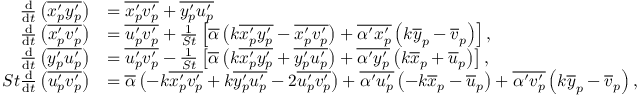
\begin{array} { r l } { \frac { \mathrm { d } } { \mathrm { d } t } \left( \overline { { { x _ { p } ^ { \prime } } { y _ { p } ^ { \prime } } } } \right) } & { = \overline { { { x _ { p } ^ { \prime } } { v _ { p } ^ { \prime } } } } + \overline { { { y _ { p } ^ { \prime } } { u _ { p } ^ { \prime } } } } } \\ { \frac { \mathrm { d } } { \mathrm { d } t } \left( \overline { { { x _ { p } ^ { \prime } } { v _ { p } ^ { \prime } } } } \right) } & { = \overline { { { u _ { p } ^ { \prime } } { v _ { p } ^ { \prime } } } } + \frac { 1 } { S t } \left[ \overline { { \alpha } } \left( k \overline { { { x _ { p } ^ { \prime } } { y _ { p } ^ { \prime } } } } - \overline { { { x _ { p } ^ { \prime } } { v _ { p } ^ { \prime } } } } \right) + \overline { { \alpha ^ { \prime } x _ { p } ^ { \prime } } } \left( k \overline { { y } } _ { p } - \overline { { v } } _ { p } \right) \right] , } \\ { \frac { \mathrm { d } } { \mathrm { d } t } \left( \overline { { { y _ { p } ^ { \prime } } { u _ { p } ^ { \prime } } } } \right) } & { = \overline { { { u _ { p } ^ { \prime } } { v _ { p } ^ { \prime } } } } - \frac { 1 } { S t } \left[ \overline { { \alpha } } \left( k \overline { { { x _ { p } ^ { \prime } } { y _ { p } ^ { \prime } } } } + \overline { { { y _ { p } ^ { \prime } } { u _ { p } ^ { \prime } } } } \right) + \overline { { \alpha ^ { \prime } y _ { p } ^ { \prime } } } \left( k \overline { { x } } _ { p } + \overline { { u } } _ { p } \right) \right] , } \\ { S t \frac { \mathrm { d } } { \mathrm { d } t } \left( \overline { { { u _ { p } ^ { \prime } } { v _ { p } ^ { \prime } } } } \right) } & { = \overline { { \alpha } } \left( - k \overline { { x _ { p } ^ { \prime } v _ { p } ^ { \prime } } } + k \overline { { y _ { p } ^ { \prime } u _ { p } ^ { \prime } } } - 2 \overline { { u _ { p } ^ { \prime } v _ { p } ^ { \prime } } } \right) + \overline { { \alpha ^ { \prime } u _ { p } ^ { \prime } } } \left( - k \overline { { x } } _ { p } - \overline { { u } } _ { p } \right) + \overline { { \alpha ^ { \prime } v _ { p } ^ { \prime } } } \left( k \overline { { y } } _ { p } - \overline { { v } } _ { p } \right) , } \end{array}